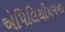
એપિલિથીયમના